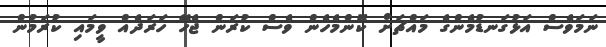
ނަމަވެސް އަޅުގަނޑުމެންގެ މައްޗަށް ކޮންމެހެން ވެސް ކުރަން ޖެހޭ ހަރަދެއް ވީމައި ކުރަމުން